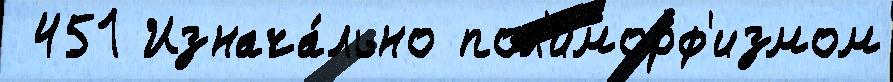
 451 Изнача́льно пол'иморф'измом